Note on the mental hospitals in Burma - 1925-1940
Year: 1925
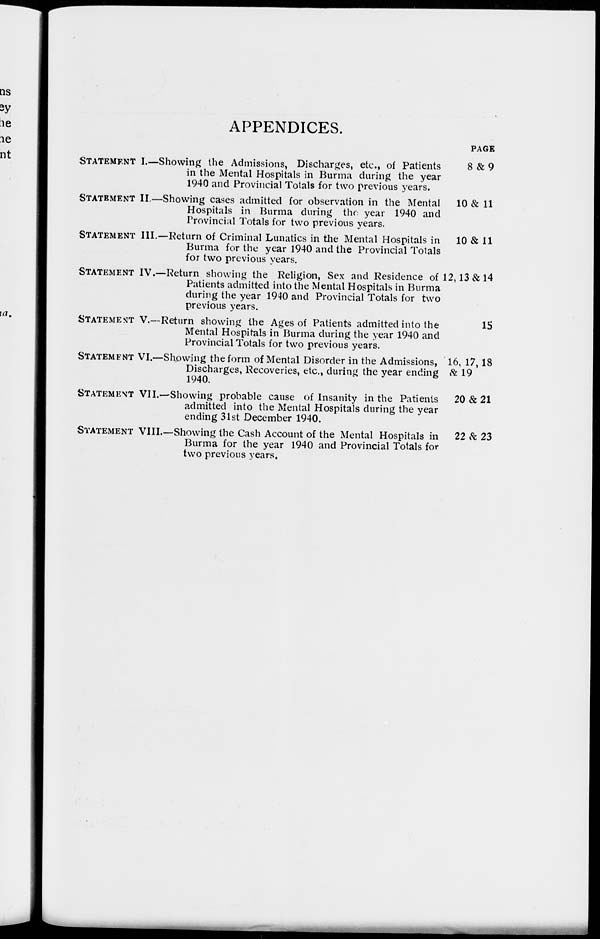
APPENDICES.
STATEMENT I.—Showing the Admissions, Discharges, etc., of Patients
in the Mental Hospitals in Burma during the year
1940 and Provincial Totals for two previous years.
STATEMENT II.—Showing cases admitted for observation in the Mental
Hospitals in Burma during the year 1940 and
Provincial Totals for two previous years.
STATEMENT III.—Return of Criminal Lunatics in the Mental Hospitals in
Burma for the year 1940 and the Provincial Totals
for two previous years.
STATEMENT IV.—Return showing the Religion, Sex and Residence of
Patients admitted into the Mental Hospitals in Burma
during the year 1940 and Provincial Totals for two
previous years.
STATEMENT V.—Return showing the Ages of Patients admitted into the
Mental Hospitals in Burma during the year 1940 and
Provincial Totals for two previous years.
STATEMENT VI.—Showing the form of Mental Disorder in the Admissions,
Discharges, Recoveries, etc., during the year ending
1940.
STATEMENT VII.—Showing probable cause of Insanity in the Patients
admitted into the Mental Hospitals during the year
ending 31st December 1940.
STATEMENT VIII.—Showing the Cash Account of the Mental Hospitals in
Burma for the year 1940 and Provincial Totals for
two previous years.
PAGE
8 &9
10 & 11
10 & 11
12,13 & 14
15
16, 17,18
&19
20&21
22&23